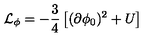
{ \cal L } _ { \phi } = - \frac { 3 } { 4 } \left[ ( \partial \phi _ { 0 } ) ^ { 2 } + U \right]